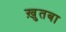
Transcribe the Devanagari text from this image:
ख़ुतबा